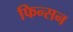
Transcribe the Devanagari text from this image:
फिन्सन